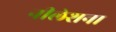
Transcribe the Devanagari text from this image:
नीलेशना